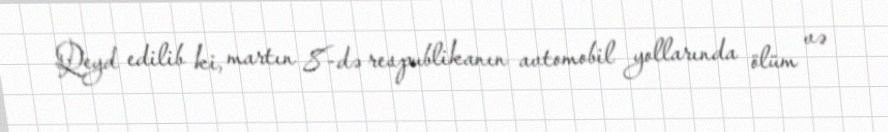
Qeyd edilib ki, martın 8-də respublikanın avtomobil yollarında ölüm və